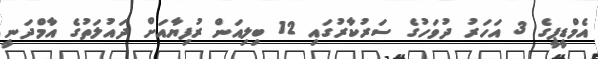
އެމްޑީޕީގެ 3 އަހަރު ދުވަހުގެ ސަރުކާރުގައި 12 ބިލިއަން ރުފިޔާއަށް ދައުލަތުގެ އާމްދަނީ